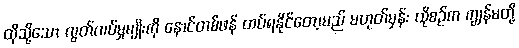
ထိုသို့သော လွတ်လပ်မှုမျိုးကို နောင်တစ်ဖန် ထပ်ရနိုင်တော့မည် မဟုတ်မှန်း ထိုစဉ်က ကျွန်မတို့